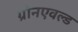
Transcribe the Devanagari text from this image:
ग्रोनएवल्ड